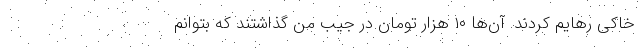
خاکی رهایم کردند. آن‌ها ۱۰ هزار تومان در جیب من گذاشتند که بتوانم